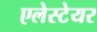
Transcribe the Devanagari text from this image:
एलेस्टेयर